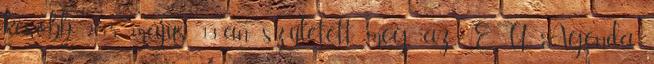
később, 2015. május 13-án született meg az EU Agenda